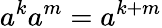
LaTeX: a^{k}a^{m}=a^{k+m}